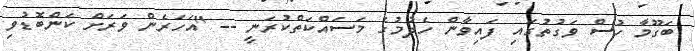
ބަގޫމާ ހުސް ވަގުތުގައި ފައިވާން ހެދުމުގެ މަސައްކަތްކުރަނީ -- "އަހަރެން ވަރަށް ކަންބޮޑުވި